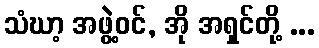
သံဃာ့ အဖွဲ့ဝင်, အို အရှင်တို့ ...